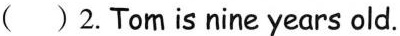
( )2.Tom is nine years old.